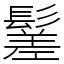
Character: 䰈